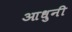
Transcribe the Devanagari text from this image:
आधुनी